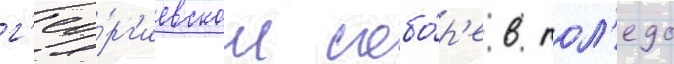
г'ео́рг'иевском собо́р'е в тол'едо